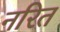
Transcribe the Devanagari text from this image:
नरित